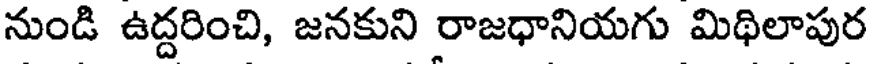
నుండి ఉద్దరించి, జనకుని రాజధానియగు మిథిలాపుర